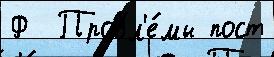
Ф  Пробл'е́мы пост